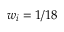
w _ { i } = 1 / 1 8